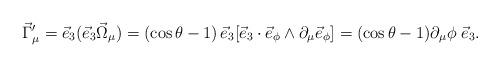
LaTeX: \begin{align*}\vec{\Gamma}_\mu^\prime=\vec{e}_3(\vec{e}_3\vec{\Omega}_\mu)=(\cos\theta-1)\,\vec{e}_3[\vec{e}_3\cdot\vec{e}_\phi\wedge\partial_\mu\vec{e}_\phi]=(\cos\theta-1)\partial_\mu\phi\;\vec{e}_3.\end{align*}